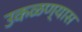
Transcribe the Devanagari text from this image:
उकळण्यास